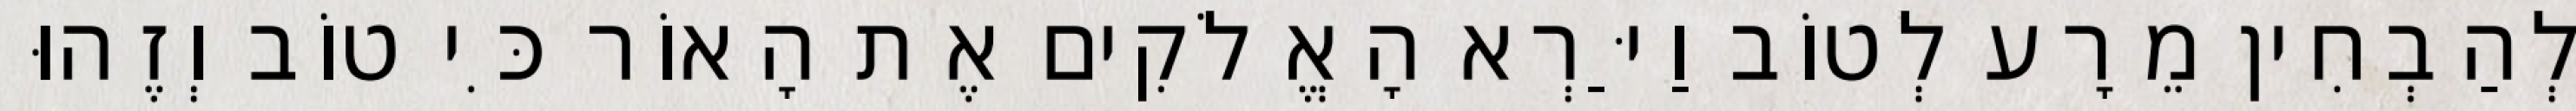
לְהַבְחִין מֵרָע לְטוֹב וַיַּרְא הָאֱלֹקִים אֶת הָאוֹר כִּי טוֹב וְזֶהוּ